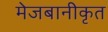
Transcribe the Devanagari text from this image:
मेजबानीकृत